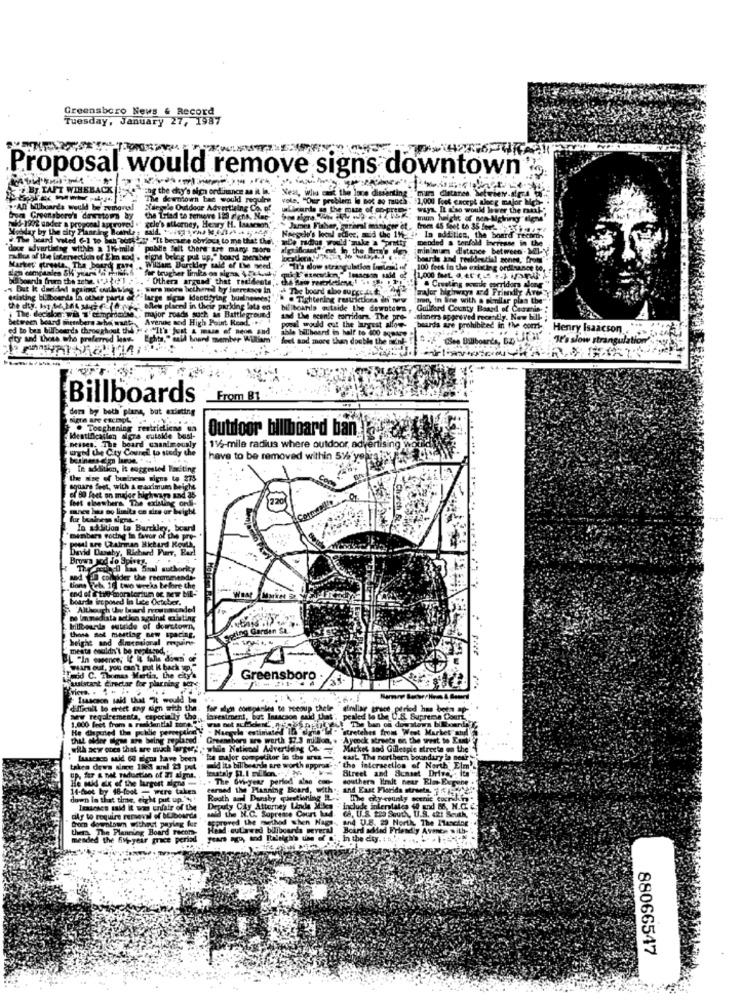
Greensboro News & Record
Tuesday, January 27, 1987
Proposal would remove signs downtown
FLBy.TAFT WIRKBACK
Nest, who cant the lune disanting ""mir dietanes.
The dewniown ban would require
vole. "Our problem is not ao much "11000 feet cacept sloeg major Ich
Siegede Outdoor Advertising Co. of
Lixarda as the mare of orFF
Groen Greensboro's destora by
the Tilad to remove 123 riena. Nap-"
mum height of non Mginray "flens
Monday by the city Planring Baarle: mald. viss rad MIRA-
add- 1972 under a proposal approved .' polo's attorney, Henry H. Isaacson, " James Fisher, guroel mingse ct, from 45 Shet to 35 fme2.
W. The board voted 6-1 to beh sottol "It becute obvious to me that the: - mDe radios would'make a Spretty
Nsegdu's looal scher, mid the 19 4. In addition, the board records
doce advertising with a 15-mile
publie felt there are many muore . alguiflotet" out in the Sun's dley
cabos of the interestich of Elm mod . giens beleg put up," board member
Marker giresta. The board rare , William Burckley said of the need.
for trugher limles os signs 4.2.4
It's dow strangulation imleri of
100 feet In the existing ordinance to
" Othera argund that residents ;. the dow reserletiene ,! .. ..
& Creating wowe corridors along
. But k decided against' outhsleg .. were more bothered by Jsercasos in ek The boord aloo supcc,tudo4
Ichsting billboards in other parts of
"large sigas Identifying businesses!
. . Tightening restrictions ih new
men, in line with a sindlar plas the
The. decsker. wis 1'compromise .. major roads such as Battleground"
.alles placed in their parking lots en
billboards outside the dayotom ,
Guilford County Baard of Catania-
Between board members who want , Avenue and High Point Read. ...
and the scenle corridors. The pre-
popal would cut the largest allow-
sinners approved recently. Now bill-
ed to ben billboards throughout the Fre "It's just & masa of neon and
able billboard is half to 800 aquar
boards are prohibeed in the com-
Henry Isaacson
ity and those who preferred less-
Eghta," said board member William'
had more than double the
: It's slow strangulation"""
Billboards
From 81
ders by beth plane, bat existing
. Tocchening restrictions
Outdoor billboard ban
Identification afera cutskde busi-
Dessen, The board unanimously
uyed the City Courel to study the
15-mile radius where outdoor, advertising world
berlinens em larue. ...
have to be removed within 5% y
In addition, It suggested Fasiting
the sise of business signs to 273
square feet, with a maximum height
com
lost clawhers The existing ord-
of 90 feet on major highway and 35
20
for bealeos signs ...
In addition to Burckley, board
members voting In favor of the pre-
Dedid Durshy, Richard Purr, Bal
paul ure Chairman Richard Kovth
The road Las Sinal authority
Bons ch. 10 two weeks before the
Althe
Sollte Garden Sa
Free
Paid C. Thomas Martin, the cky's
ulstant director for planning to:
Greensboro
Trascosce said that it would be
difficult to eriet any sign with the.
for alon companies to recoup thele " dirliar grace period has been p-
ww regelrementa, capecially the lowestroent, but Insacson said that", pealed to the U.S. Supreme Court,"
1.000 feet from a residential zone."i was not afriend,nous achtest The ban of dogstom billboardY
Naegele estimate' il drie Id " 'stretches from WWest Market mhd
that ofder Gigan are being replaced. Greensboro are worth $7.3 million ,. Aycock streets en the west to Eat
He diputed the pclube perw slan
with acw ones that are much larger: , while Natkool Advertising On
Market and Gillespie streeta on the'
. Isaacsco said 60 gigas have been lie major competitor in the mus -
exit The northern boundury in neur
taken down since 1923 and 23 put
mid its billbrands are worth approa' :' the intersection of North" Elm'_
Street and Scmset Drive, : Its
Up. fer & net reduction of Ti ai pris.
. . The GM-year period aine con-
southern limit near Eim Expene .
14-Csot by 16-foot - were taken
cemed the Planning Board, with.
down in that time, eight put up. +
Routh and Dansby questioning .:
Imausses said it was unfair of the
sal the N.C. Sopresse Court had
Deputy Cly Attorney Linda Miles
A. U.S. 200 South, U.S. 421 Seuth,
include interstates 4f and B6, N.C. 2.
dily to require removal of bElbourde ,
fromn derntoem withest paying fur
pred the method shen Naga ., and U.S. 29 North, The Ilancine
them The Planning Board Fecom-
Head autaved billboards several
Board added Friendly Avance with-
mended the 51%- year grace period
In the city. : s.".
88066547